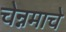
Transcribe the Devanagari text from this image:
चेन्नमाचे